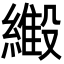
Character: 𬗿